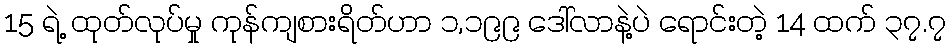
15 ရဲ့ ထုတ်လုပ်မှု ကုန်ကျစားရိတ်ဟာ ၁,၁၉၉ ဒေါ်လာနဲ့ပဲ ရောင်းတဲ့ 14 ထက် ၃၇.၇